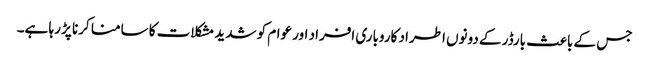
جس کے باعث بارڈر کے دونوں اطراد کاروباری افراد اور عوام کو شدید مشکلات کا سامنا کرنا پڑ رہا ہے۔